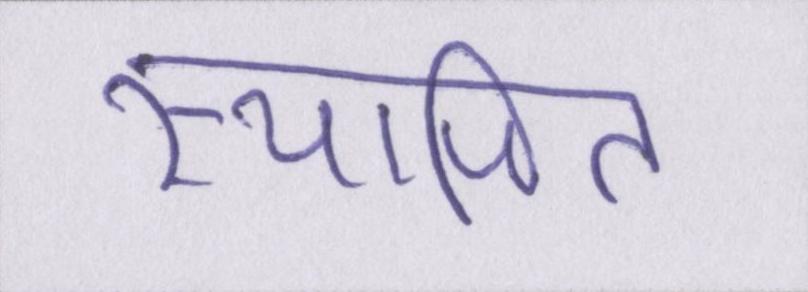
स्थापित